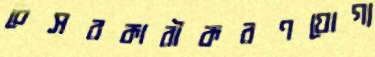
বেসরকারীকরণযোগ্য